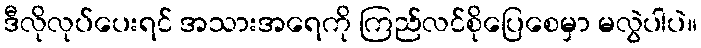
ဒီလိုလုပ်ပေးရင် အသားအရေကို ကြည်လင်စိုပြေစေမှာ မလွဲပါပဲ။